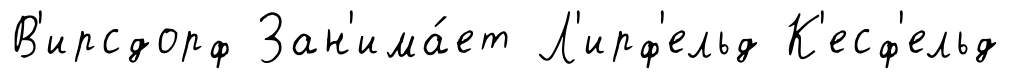
В'ирсдорф Зан'има́ет Л'ирф'ельд К'есф'ельд